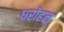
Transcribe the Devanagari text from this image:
धरोहल